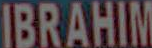
IBRAHIM